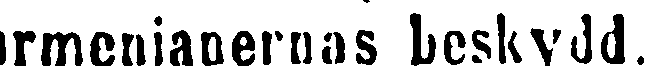
rmenianernas beskydd.